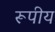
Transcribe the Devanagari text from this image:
रूपीय